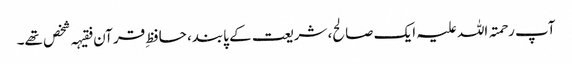
آپ رحمتہ اللہ علیہ ایک صالح، شریعت کے پابند، حافظِ قرآن فقیہہ شخص تھے۔